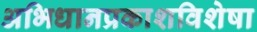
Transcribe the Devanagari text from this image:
अभिधानप्रकाशविशेषा